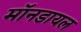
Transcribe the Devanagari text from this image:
मॉनडायल